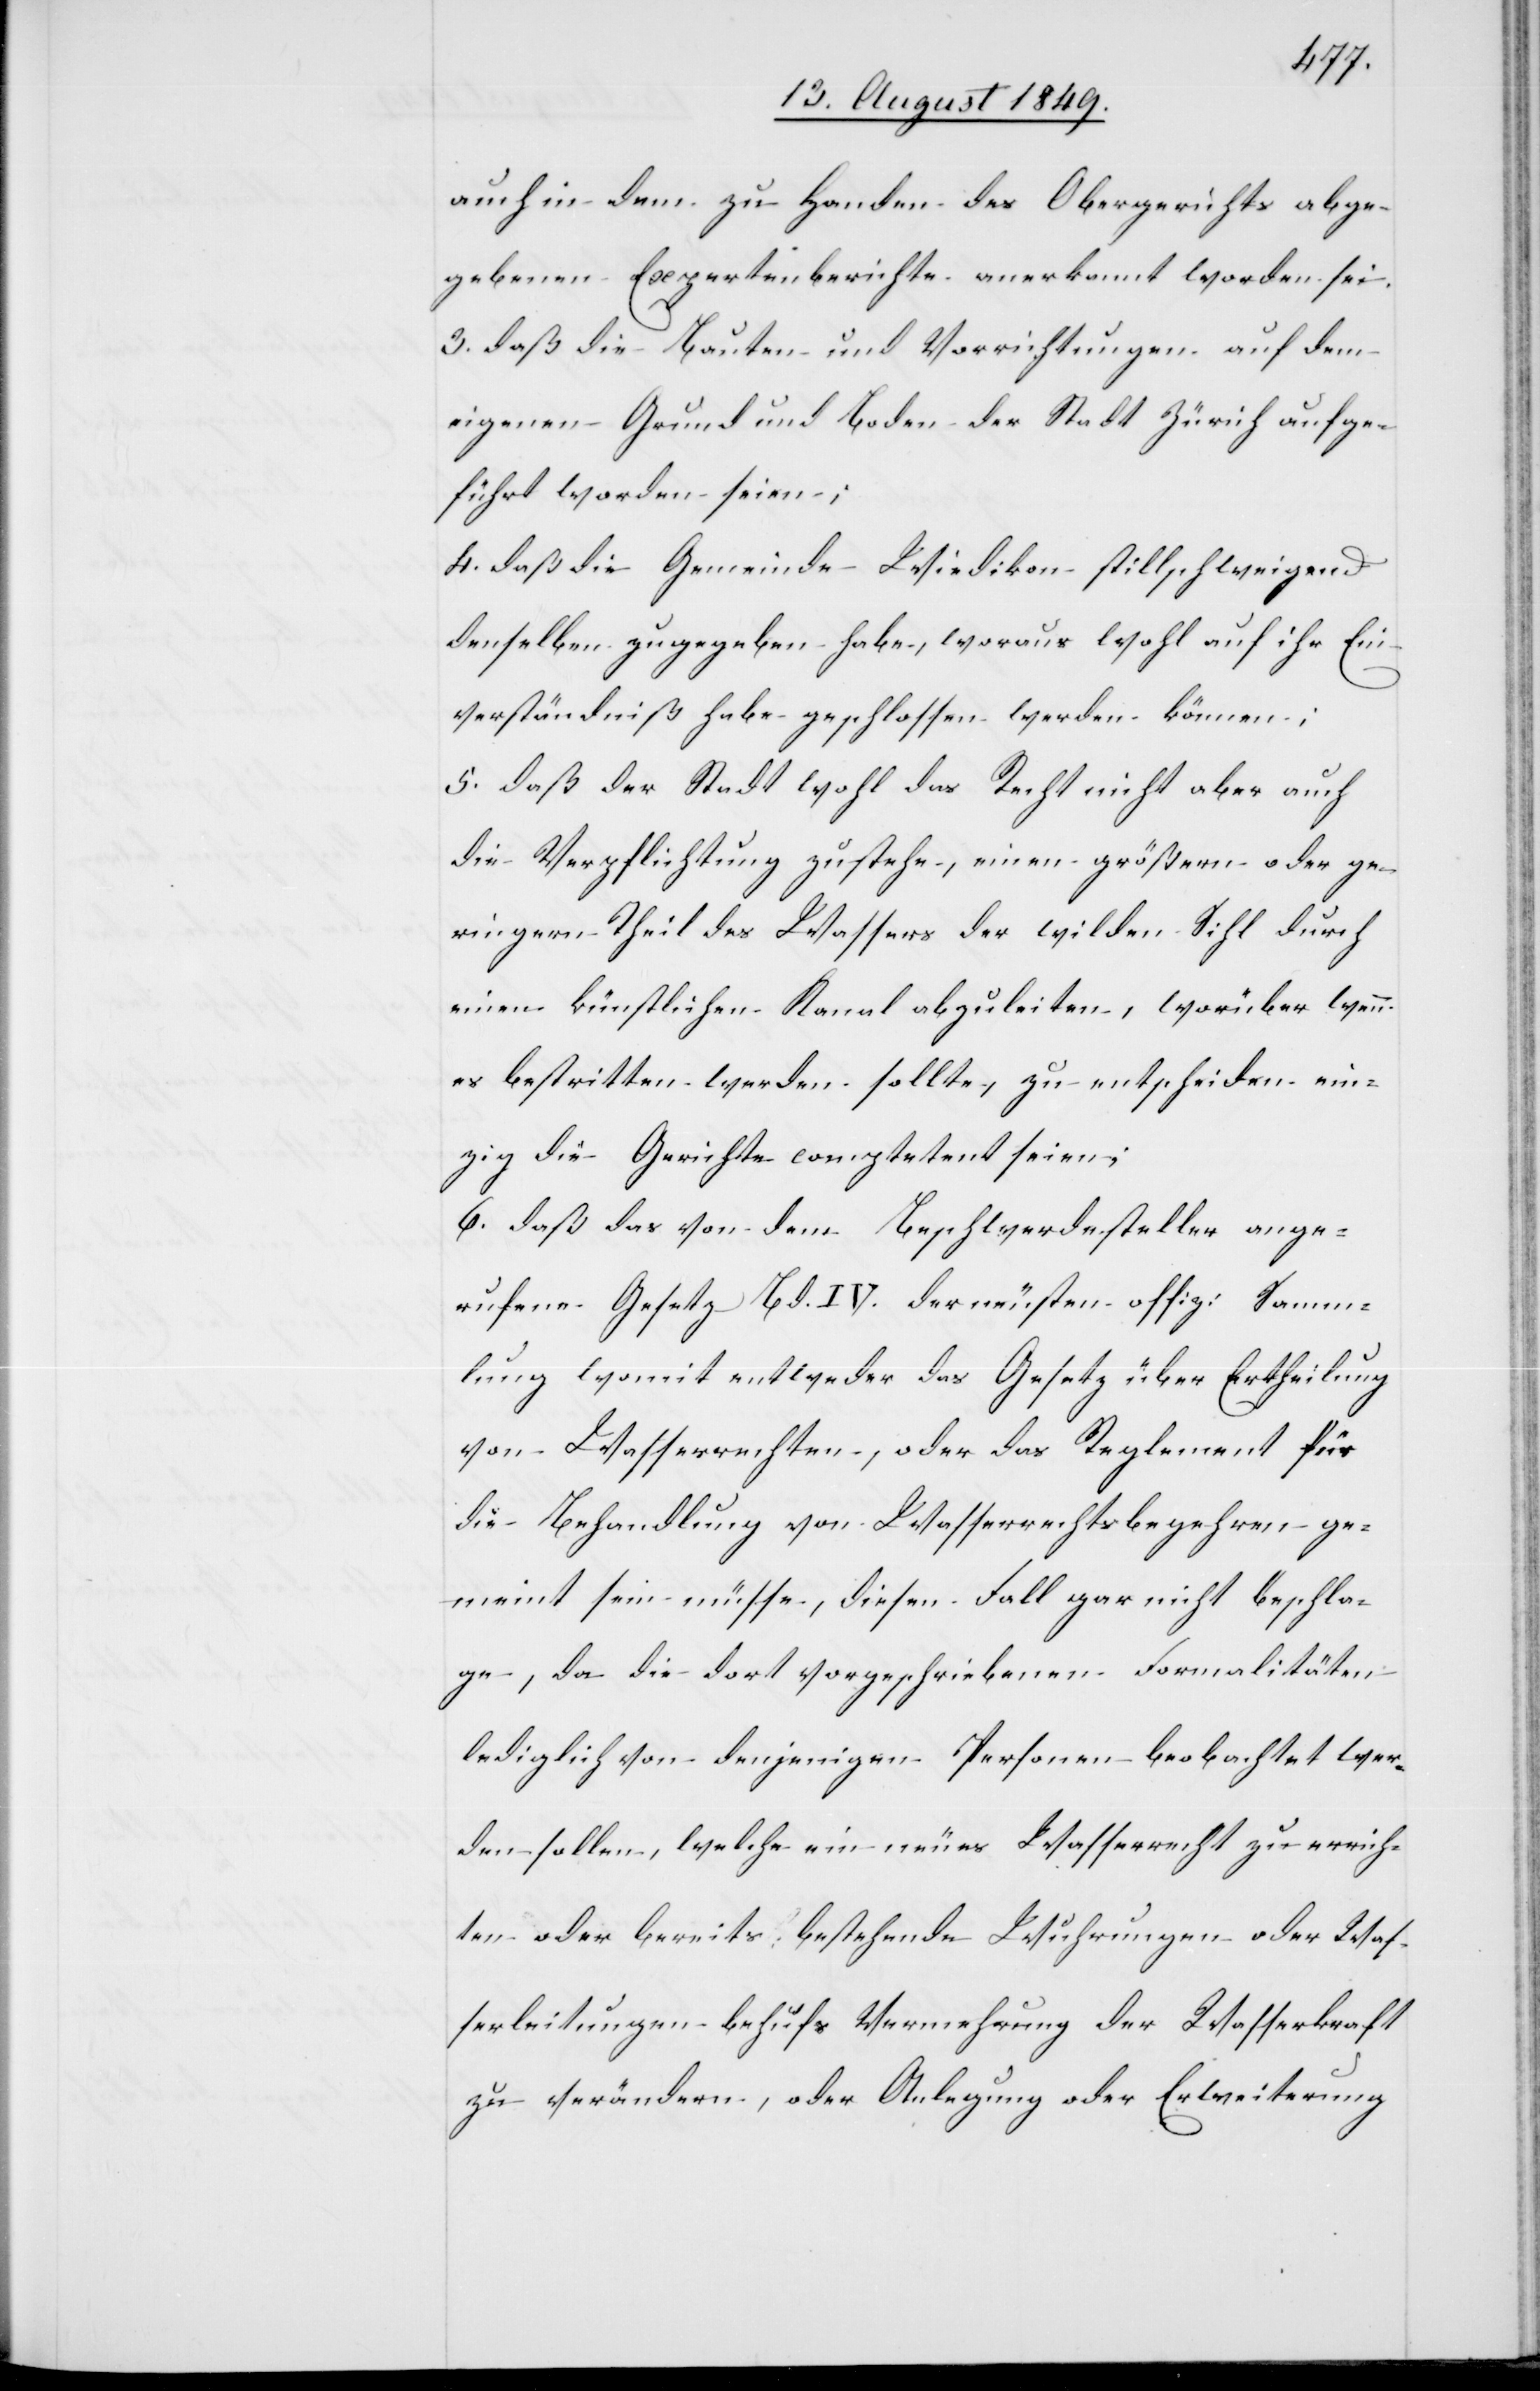
auch in dem zu Handen des Obergerichts abge¬
gebenen Expertenberichte anerkannt worden sei.
3. daß die Bauten und Vorrichtungen auf dem
eigenen Grund und Boden der Stadt Zürich aufge¬
führt worden seien;
4. daß die Gemeinde Wiedikon stillschweigend
denselben zugegeben habe, woraus wohl auf ihr Ein¬
verständniß habe geschlossen werden können;
5. daß der Stadt wohl das Recht nicht aber auch
die Verpflichtung zustehe, einen größern oder ge¬
ringern Theil des Wassers der wilden Sihl durch
einen künstlichen Kanal abzuleiten, worüber wenn
es bestritten werden sollte, zu entscheiden ein¬
zig die Gerichte competent seien;
6. daß das von dem Beschwerdesteller ange¬
rufene Gesetz Bd. IV. der neusten offiz: Samm¬
lung womit entweder das Gesetz über Ertheilung
von Wasserrechten, oder das Reglement für
die Behandlung von Wasserrechtsbegehren ge¬
meint sein müsse, diesen Fall gar nicht beschla¬
ge, da die dort vorgeschriebenen Formalitäten
lediglich von denjenigen Personen beobachtet wer¬
den sollen, welche ein neues Wasserrecht zu errich¬
ten oder bereits bestehende Wuhrungen oder Was¬
serleitungen behufs Vermehrung der Wasserkraft
zu verändern, oder Anlegung oder Erweiterung